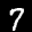
Label: 7